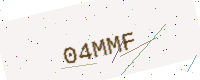
Text: 04MMF